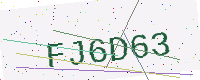
Text: FJ6D63